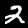
Digit: 2